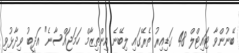
ބޭނުންވާ ޓައިޓްލް 48 ގަޑިއިރު ތެރޭގައި ލިބޭނެ އިންތިޒާމް ހަމަޖައްސާނެ" އަދީބު ވިދާޅުވި